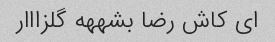
ای کاش رضا بشههه گلزااار